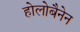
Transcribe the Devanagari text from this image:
होलोबैनेन